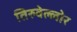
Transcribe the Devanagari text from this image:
तिरुवेल्लोर